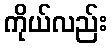
ကိုယ်လည်း